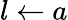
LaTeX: l\gets a